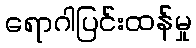
ရောဂါပြင်းထန်မှု